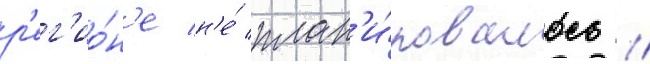
р'ег'ио́н'е н'е́ план'и́ровалось //